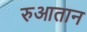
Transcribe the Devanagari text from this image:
रुआतान